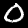
Label: 0